Civil Veterinary Department Bengal reports 1933-51 - 1933-1951
Year: 1933
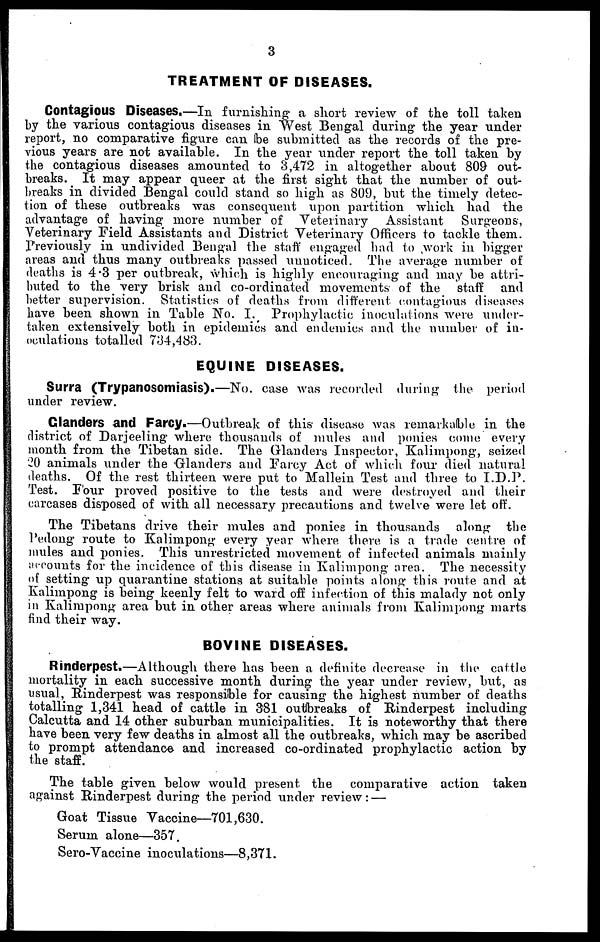
3
TREATMENT OF DISEASES.
Contagious Diseases.—In furnishing a short review of the toll taken
by the various contagious diseases in West Bengal during the year under
report, no comparative figure can be submitted as the records of the pre-
vious years are not available. In the year under report the toll taken by
the contagious diseases amounted to 3,472 in altogether about 809 out-
breaks. It may appear queer at the first sight that the number of out-
breaks in divided Bengal could stand so high as 809, but the timely detec-
tion of these outbreaks was consequent upon partition which had the
advantage of having more number of Veterinary Assistant
Surgeons,
Veterinary Field Assistants and District Veterinary Officers to tackle them.
Previously in undivided Bengal the staff engaged had to work in bigger
areas and thus many outbreaks passed unnoticed. The average number of
deaths is 4.3 per outbreak, which is highly encouraging and may be attri-
buted to the very brisk and co-ordinated movements of the staff
and
better supervision. Statistics of deaths from different contagious diseases
have been shown in Table No. I. Prophylactic inoculations were under-
taken extensively both in epidemics and endemics and the number of in-
oculations totalled 734,483.
EQUINE DISEASES.
Surra (Trypanosomiasis).—No. case was recorded during the period
under review.
Glanders and Farcy.—Outbreak of this disease was remarkable in the
district of Darjeeling where thousands of mules and ponies come every
month from the Tibetan side. The Glanders Inspector, Kalimpong, seized
20 animals under the Glanders and Farcy Act of which four died natural
deaths. Of the rest thirteen were put to Mallein Test and three to I.D.P.
Test. Four proved positive to the tests and were destroyed and their
carcases disposed of with all necessary precautions and twelve were let off.
The Tibetans drive their mules and ponies in thousands along the
Pedong route to Kalimpong every year where there is a trade centre of
mules and ponies. This unrestricted movement of infected animals mainly
accounts for the incidence of this disease in Kalimpong area. The necessity
of setting up quarantine stations at suitable points along this route and at
Kalimpong is being keenly felt to ward off infection of this malady not only
in Kalimpong area but in other areas where animals from Kalimpong marts
find their way.
BOVINE DISEASES.
Rinderpest.—Although there has been a definite decrease in the cattle
mortality in each successive month during the year under review, but, as
usual, Rinderpest was responsible for causing the highest number of deaths
totalling 1,341 head of cattle in 381 outbreaks of Rinderpest including
Calcutta and 14 other suburban municipalities. It is noteworthy that there
have been very few deaths in almost all the outbreaks, which may be ascribed
to prompt attendance and increased co-ordinated prophylactic action by
the staff.
The table given below would present the comparative action taken
against Rinderpest during the period under review:—
Goat Tissue Vaccine—701,630.
Serum alone—357.
Sero-Vaccine inoculations—8,371.